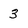
Character: 3